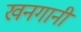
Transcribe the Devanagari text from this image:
खनगानी